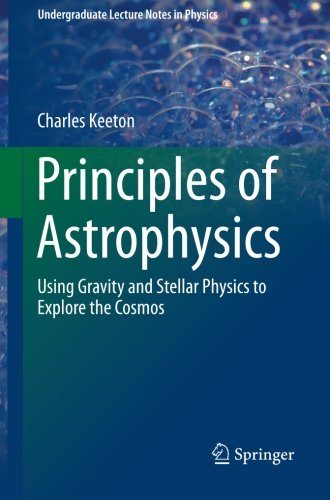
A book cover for Principles of Astrophysics: Using Gravity and Stellar Physics to Explore the Cosmos (Undergraduate Lecture Notes in Physics); Charles Keeton; Science & Math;